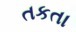
તકતા